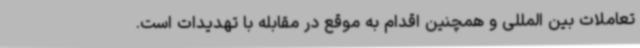
تعاملات بین المللی و همچنین اقدام به موقع در مقابله با تهدیدات است.